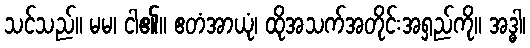
သင်သည်။ မမ၊ ငါ၏။ ဧတံအာယုံ၊ ထိုအသက်အတိုင်းအရှည်ကို။ အဒ္ဓါ၊